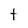
Character: t